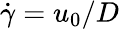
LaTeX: \dot{\gamma}={{u}_{0}}/D